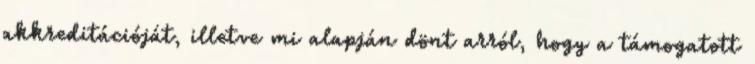
akkreditációját, illetve mi alapján dönt arról, hogy a támogatott